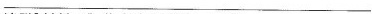
___